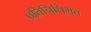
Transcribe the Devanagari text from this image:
प्रतिनिधिभूत